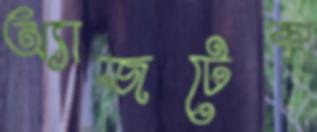
অ্যাজটেকা